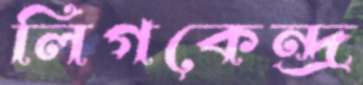
লিগকেন্দ্র